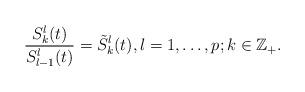
LaTeX: \begin{align*} \frac{S_k^l(t)}{S_{l-1}^l(t)}=\tilde S_k^l(t),l=1,\dots,p; k\in \mathbb{Z}_+.\end{align*}